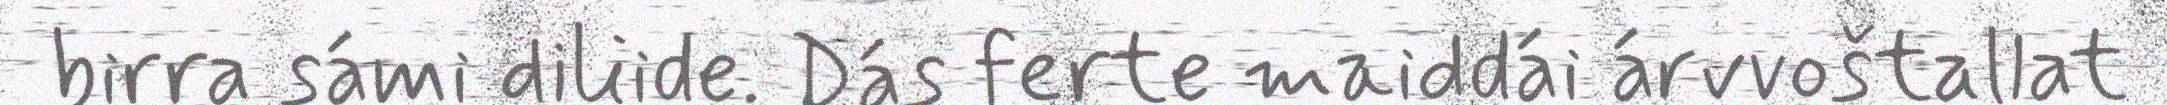
birra sámi diliide. Dás ferte maiddái árvvoštallat